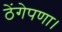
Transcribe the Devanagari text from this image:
ठेंगेपणा।